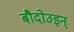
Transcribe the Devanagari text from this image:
बौदोउइन्